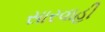
સારવાહી